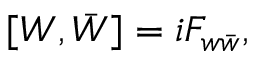
[ W , \bar { W } ] = i F _ { w \bar { w } } ,